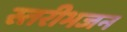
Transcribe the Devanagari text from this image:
स्तरीभजन